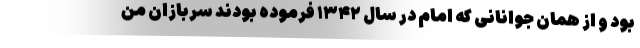
بود و از همان جوانانی که امام در سال ۱۳۴۲ فرموده بودند سربازان من